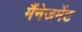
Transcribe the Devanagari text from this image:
मैंनेजमेंट